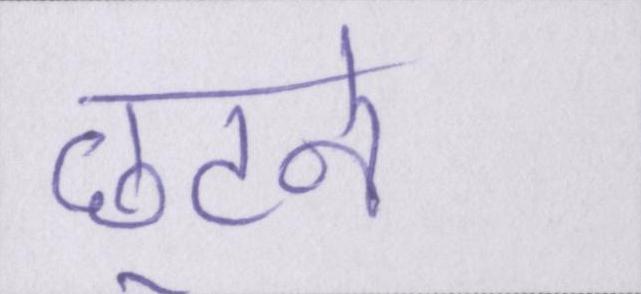
छूटने